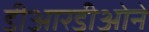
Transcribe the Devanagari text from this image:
डीआरडीओने